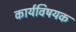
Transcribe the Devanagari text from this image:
कार्यविषयक